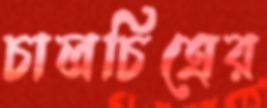
চালচিত্রের